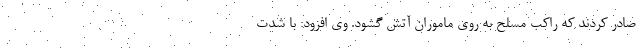
صادر کردند که راکب مسلح به روی ماموران آتش گشود. وی افزود: با شدت